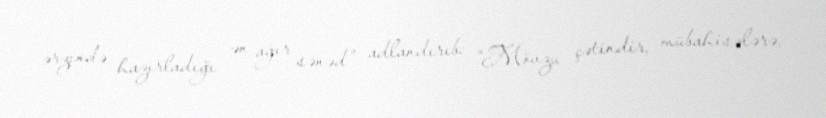
ərzində hazırladığı ən ağır sənəd” adlandırıb: “Mövzu çətindir, mübahisələrə,